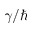
\gamma / \hbar